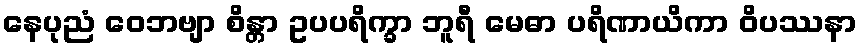
နေပုညံ ဝေဘဗျာ စိန္တာ ဥပပရိက္ခာ ဘူရီ မေဓာ ပရိဏာယိကာ ဝိပဿနာ